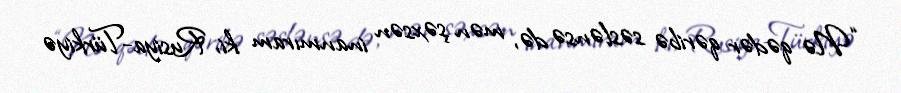
“Nə qədər qəribə səslənsə də, mən şəxsən inanmıram ki, Rusiya-Türkiyə